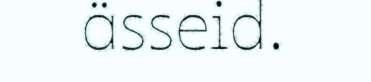
ässeid.